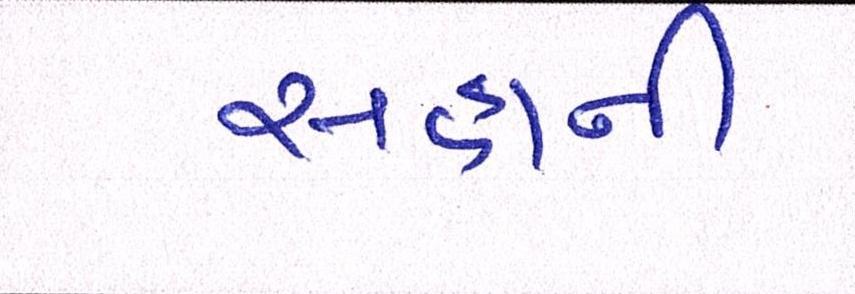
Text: સહાની